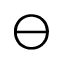
\ominus